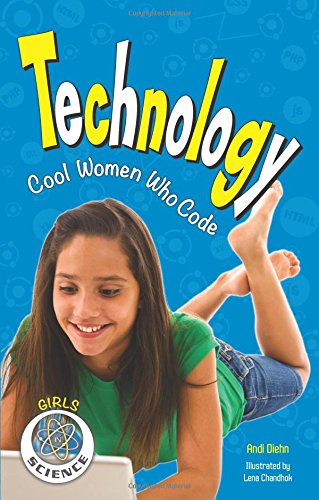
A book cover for Technology: Cool Women Who Code (Girls in Science); Andi Diehn; Children's Books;